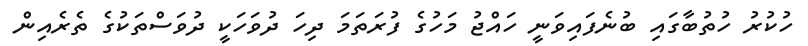
ހުކުރު ހުތުބާގައި ބުނެފައިވަނީ ހައްޖު މަހުގެ ފުރަތަމަ ދިހަ ދުވަހަކީ ދުވަސްތަކުގެ ތެރެއިން